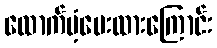
ထောက်ပံ့ပေးထားကြောင်း